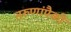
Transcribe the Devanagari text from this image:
तरुणांपैकी